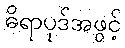
ဓိရာပုဒ်အဖွင့်